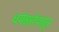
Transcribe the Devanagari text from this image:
धर्मसत्तेपासून